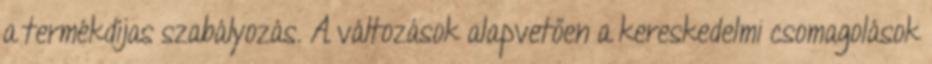
a termékdíjas szabályozás. A változások alapvetően a kereskedelmi csomagolások